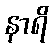
နာရိ